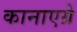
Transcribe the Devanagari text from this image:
कानाएग्रे